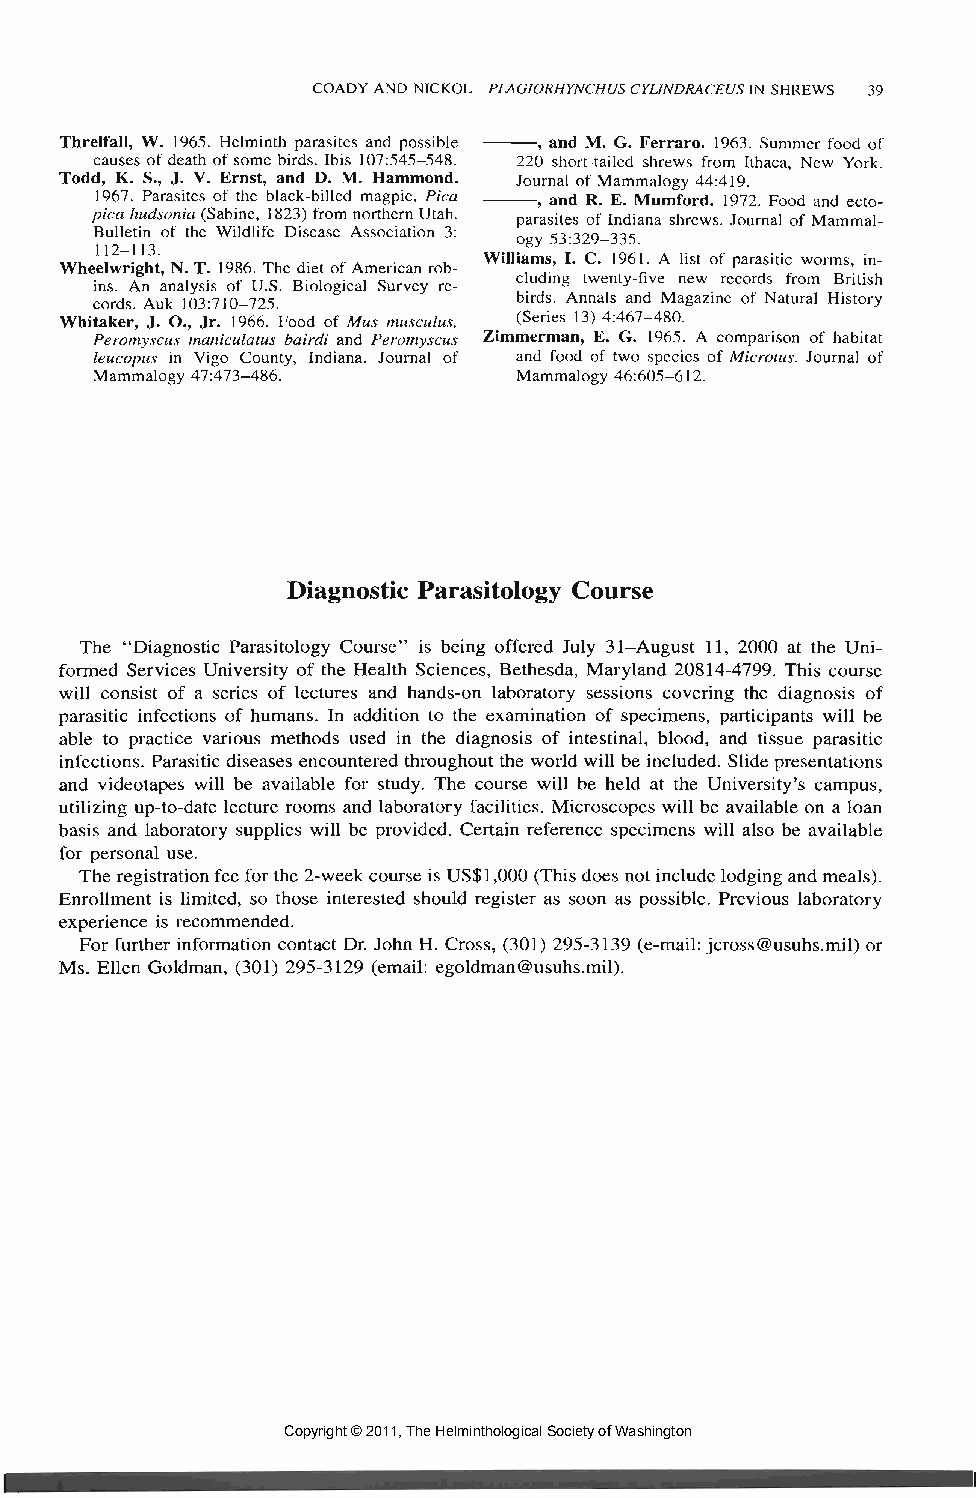
COADY AND NICKOL—PLAGIORHYNCHUS CYLINDRACEUS IN SHREWS 39
 Threlfall, W. 1965. Helminth parasites and possible , and M. G. Ferraro. 1963. Summer food of
 causes of death of some birds. Ibis 107:545—548. 220 short-tailed shrews from Ithaca, New York.
 Todd, K. S., J. V. Ernst, and D. M. Hammond. Journal of Mammalogy 44:419.
 1967. Parasites of the black-billed magpie, Pica , and R. E. Mumford. 1972. Food and ecto-
 pica hudsonia (Sabine, 1823) from northern Utah. parasites of Indiana shrews. Journal of Mammal-
 Bulletin of the Wildlife Disease Association 3:
 ogy 53:329-335.
 112-113.
 Williams, I. C. 1961. A list of parasitic worms, in-
 Wheelwright, N. T. 1986. The diet of American rob-
 cluding twenty-five new records from British
 ins. An analysis of U.S. Biological Survey re-
 birds. Annals and Magazine of Natural History
 cords. Auk 103:710-725.
 Whitaker, J. O., Jr. 1966. Food of Mm musculus, (Series 13) 4:467-480.
 Peromyscus rnaniculatus bairdi and Peromyscus Zimmerman, E. G. 1965. A comparison of habitat
 leucopus in Vigo County, Indiana. Journal of and food of two species of Microtus. Journal of
 Mammalogy 47:473-486.       Mammalogy 46:605-612.
 Diagnostic Parasitology Course
 The "Diagnostic Parasitology Course" is being offered July 31-August 11, 2000 at the Uni-
 formed Services University of the Health Sciences, Bethesda, Maryland 20814-4799. This course
 will consist of a series of lectures and hands-on laboratory sessions covering the diagnosis of
 parasitic infections of humans. In addition to the examination of specimens, participants will be
 able to practice various methods used in the diagnosis of intestinal, blood, and tissue parasitic
 infections. Parasitic diseases encountered throughout the world will be included. Slide presentations
 and videotapes will be available for study. The course will be held at the University's campus,
 utilizing up-to-date lecture rooms and laboratory facilities. Microscopes will be available on a loan
 basis and laboratory supplies will be provided. Certain reference specimens will also be available
 for personal use.
 The registration fee for the 2-week course is US$1,000 (This does not include lodging and meals).
 Enrollment is limited, so those interested should register as soon as possible. Previous laboratory
 experience is recommended.
 For further information contact Dr. John H. Cross, (301) 295-3139 (e-mail: jcross@usuhs.mil) or
 Ms. Ellen Goldman, (301) 295-3129 (email: egoldman@usuhs.mil).
 Copyright © 2011, The Helminthological Society of Washington